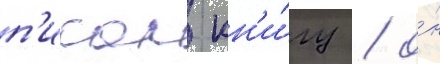
п'исал кн'и́гу / о́н